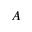
A